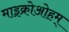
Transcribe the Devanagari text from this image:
माइक्रोओहम्‌